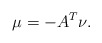
\begin{align*}\mu = -A^T\nu. \end{align*}